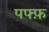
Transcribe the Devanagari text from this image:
पफ्फ़